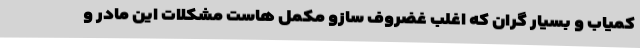
کمیاب و بسیار گران که اغلب غضروف سازو مکمل هاست مشکلات این مادر و